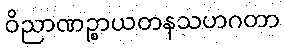
ဝိညာဏဉ္စာယတနသဟဂတာ